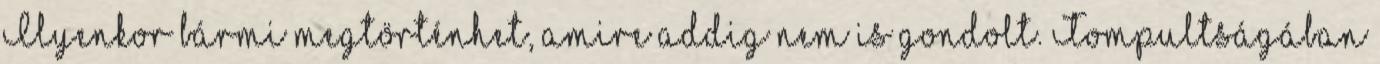
Ilyenkor bármi megtörténhet, amire addig nem is gondolt. Tompultságában